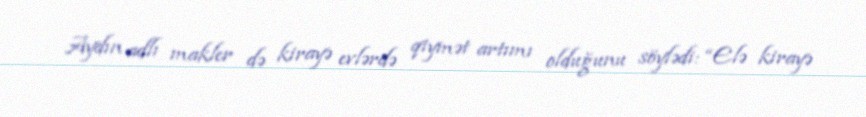
Aydın adlı makler də kirayə evlərdə qiymət artımı olduğunu söylədi: “Elə kirayə